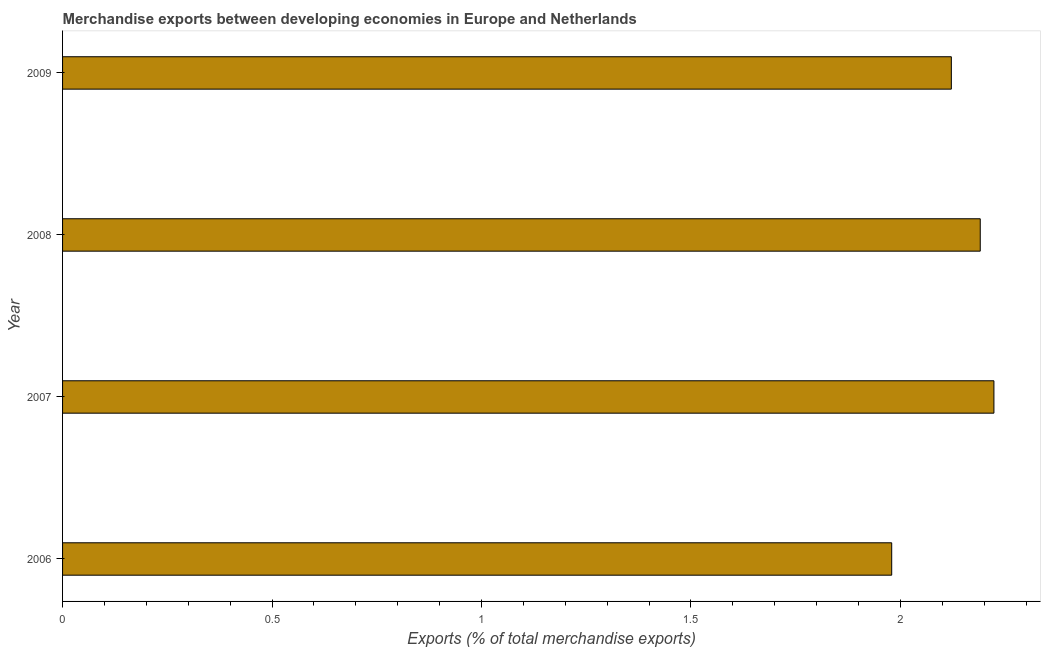
| Year | Merchandise Exports |
 | --- | --- |
 | 2006 | 1.98 |
 | 2007 | 2.22 |
 | 2008 | 2.19 |
 | 2009 | 2.12 |